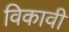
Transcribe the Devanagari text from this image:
विकावी